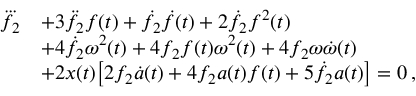
\begin{array} { r l } { \dddot { f _ { 2 } } } & { + 3 \ddot { f } _ { 2 } f ( t ) + \dot { f } _ { 2 } \dot { f } ( t ) + 2 \dot { f } _ { 2 } f ^ { 2 } ( t ) } \\ & { + 4 \dot { f } _ { 2 } \omega ^ { 2 } ( t ) + 4 f _ { 2 } f ( t ) \omega ^ { 2 } ( t ) + 4 f _ { 2 } \omega \dot { \omega } ( t ) \vphantom { \left( \dot { f } _ { 2 } \right) } } \\ & { + 2 x ( t ) \big [ 2 f _ { 2 } \dot { a } ( t ) + 4 f _ { 2 } a ( t ) f ( t ) + 5 \dot { f } _ { 2 } a ( t ) \big ] = 0 \, , } \end{array}